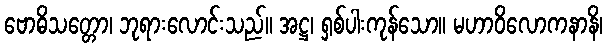
ဗောဓိသတ္တော၊ ဘုရားလောင်းသည်။ အဋ္ဌ၊ ရှစ်ပါးကုန်သော။ မဟာဝိလောကနာနိ၊